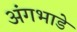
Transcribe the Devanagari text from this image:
अंगभाडे